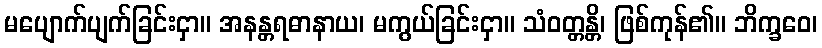
မပျောက်ပျက်ခြင်းငှာ။ အနန္တရဓာနာယ၊ မကွယ်ခြင်းငှာ။ သံဝတ္တန္တိ၊ ဖြစ်ကုန်၏။ ဘိက္ခဝေ၊